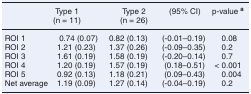
<table><thead><tr><td></td><td><b>Type 1 (n = 11)</b></td><td><b>Type 2(n = 26)</b></td><td><b>(95% CI)</b></td><td><b>p-value <sup>a</sup></b></td></tr></thead><tbody><tr><td>ROI 1</td><td>0.74 (0.07)</td><td>0.82 (0.13)</td><td>(-0.01–0.19)</td><td>0.08</td></tr><tr><td>ROI 2</td><td>1.21 (0.23)</td><td>1.37 (0.26)</td><td>(-0.09–0.35)</td><td>0.2</td></tr><tr><td>ROI 3</td><td>1.61 (0.19)</td><td>1.58 (0.19)</td><td>(-0.20–0.14)</td><td>0.7</td></tr><tr><td>ROI 4</td><td>1.20 (0.19)</td><td>1.57 (0.19)</td><td>(0.18–0.51)</td><td>&lt; 0.001</td></tr><tr><td>ROI 5</td><td>0.92 (0.13)</td><td>1.18 (0.21)</td><td>(0.09–0.43)</td><td>0.004</td></tr><tr><td>Net average</td><td>1.19 (0.09)</td><td>1.27 (0.14)</td><td>(-0.04–0.19)</td><td>0.2</td></tr></tbody></table>